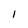
Character: 1